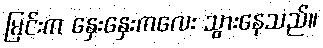
မြင်းက နှေးနှေးကလေး သွားနေသည်။